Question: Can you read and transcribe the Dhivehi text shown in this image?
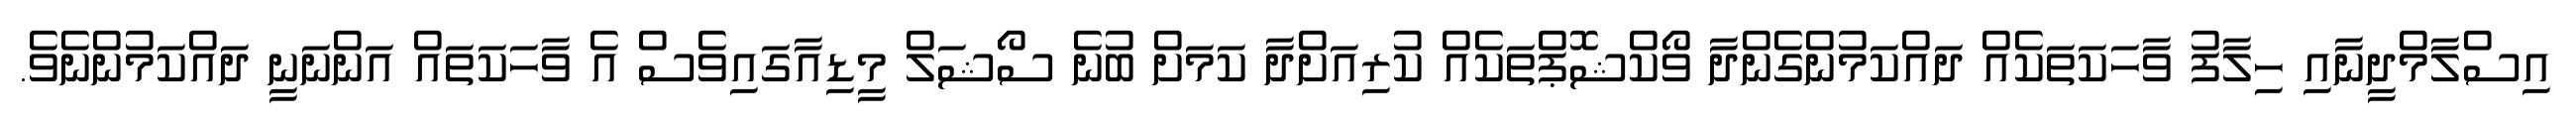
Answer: އިސްލާމްދީނާއި ހިލާފު ވާހަކަތަކެއް ދައްކަމުންގެންދާ ވޯކްޝޮޕްތަކެއް ކުރިއަށްދާ ކަމަށް ބުނެ ސޯޝަލް މީޑިއާގައިވެސް އެ ވާހަކަތައް އަންނަނީ ދައްކަމުންނެވެ.